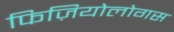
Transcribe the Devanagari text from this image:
फिज़ियोलोगस